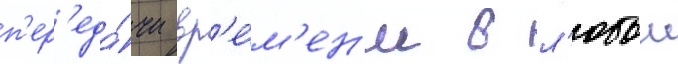
п'ер'еда́чи вр'е́м'ен'и в л'юбои